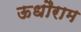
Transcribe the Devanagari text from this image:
ऊधौराम